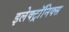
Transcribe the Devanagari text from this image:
इलेक्ट्राॅनिक्स